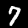
Label: 7